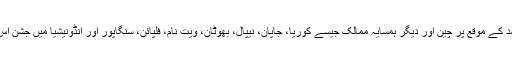
نئے چینی سال کی آمد کے موقع پر چین اور دیگر ہمسایہ ممالک جیسے کوریا، جاپان، نیپال، بھوٹان، ویت نام، فلپائن، سنگاپور اور انڈونیشیا میں جشن اس وقت عروج پر ہے۔